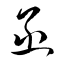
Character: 函